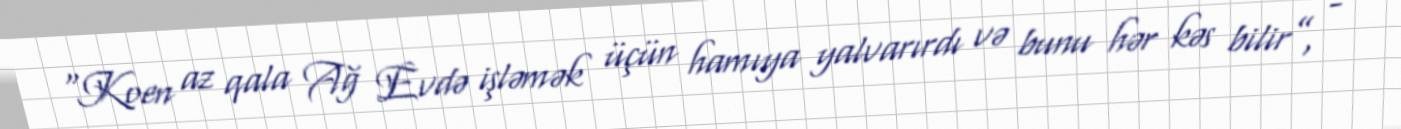
“Koen az qala Ağ Evdə işləmək üçün hamıya yalvarırdı və bunu hər kəs bilir”, -